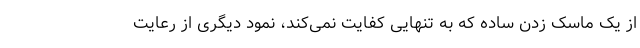
از یک ماسک زدن ساده که به تنهایی کفایت نمی‌کند، نمود دیگری از رعایت